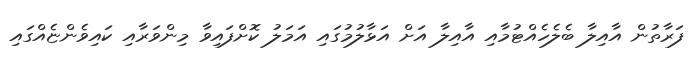
ފަރާތުން އާއިލާ ބެލެހެއްޓުމާއި އާއިލާ އަށް އަޅާލުމުގައި އަމަލު ކޮށްފައިވާ މިންވަރާއި ކައިވެންޏެއްގައި